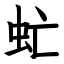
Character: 虻